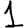
Digit: 1